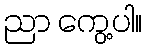
ညာ ကွေ့ပါ။